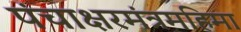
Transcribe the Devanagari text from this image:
पंचाक्षरमंत्रमहिमा